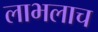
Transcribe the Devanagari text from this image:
लाभलाच